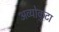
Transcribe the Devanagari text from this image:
अव्योकुटा